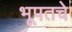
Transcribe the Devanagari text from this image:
भूपतचे